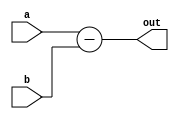
`timescale 1ns / 1ps
//////////////////////////////////////////////////////////////////////////////////
// Company: 
// Engineer: 
// 
// Design Name: 
// Module Name: test
// Project Name: 
// Target Devices: 
// Tool Versions: 
// Description: 
// 
// Dependencies: 
// 
// Revision:
// Revision 0.01 - File Created
// Additional Comments:
// 
//////////////////////////////////////////////////////////////////////////////////


module test(output [3:0] out, input [3:0] a,b);
assign out = a-b;
endmodule